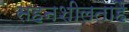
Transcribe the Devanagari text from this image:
सहनशीलताहै